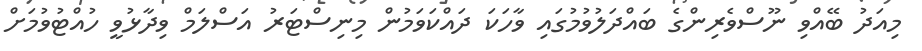
މިއަދު ބޭއްވި ނޫސްވެރިންގެ ބައްދަލުވުމުގައި ވާހަކަ ދައްކަވަމުން މިނިސްޓަރު އަސްލަމް ވިދާޅުވީ ހުއްޓުވުމަށް